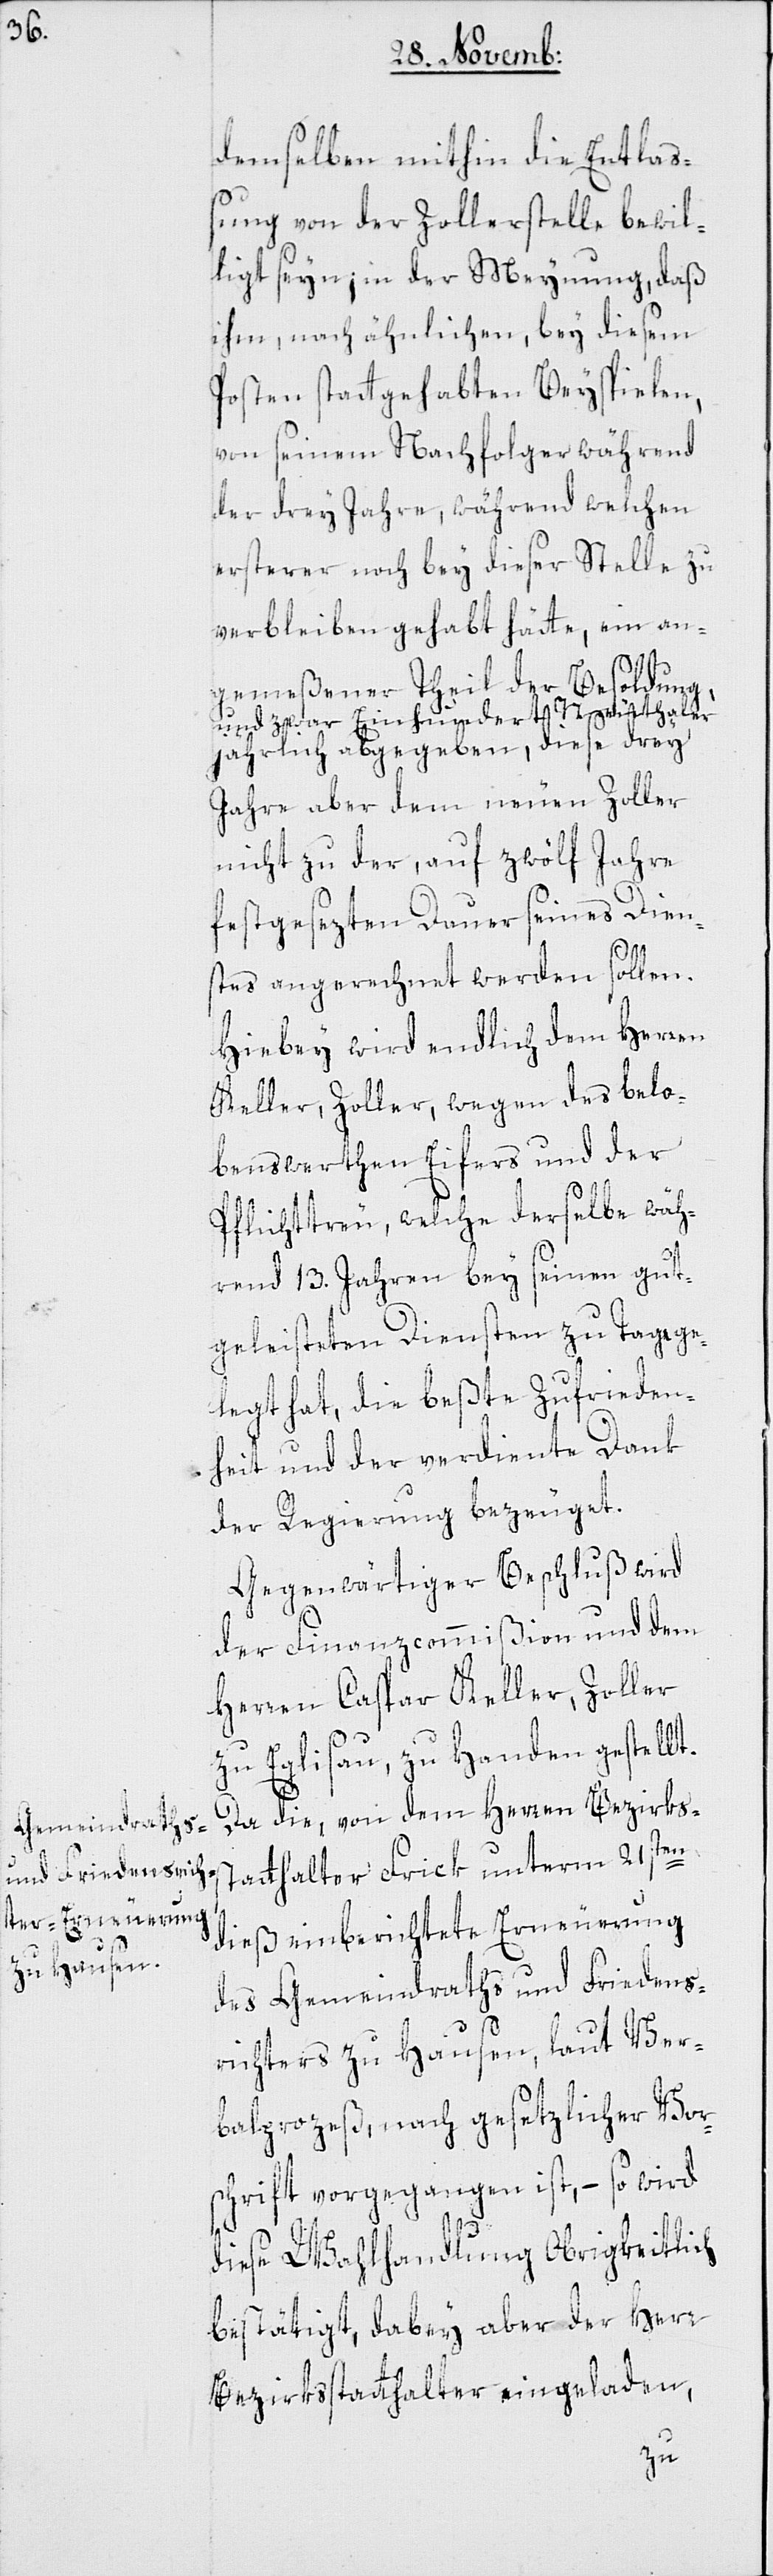
demselben mithin die Entlaß¬
ung von der Zollerstelle bewil¬
ligt seyn; in der Meynung, daß
ihm, nach ähnlichen, bey dießem
Posten stattgehabten Beyspielen,
von seinem Nachfolger während
der drey Jahre, während welchen
ersterer noch bey dieser Stelle zu
verbleiben gehabt hätte, ein an¬
gemeßener Theil der Besoldung,
und zwar Einhundert Neuthaler
jährlich abgegeben, diese drey
Jahre aber dem neuen Zoller
nicht zu der, auf zwölf Jahre
festgesezten Dauer seines Dien¬
stes angerechnet werden sollen.
Hiebey wird endlich dem Herren
Keller, Zoller, wegen des belo¬
benswerthen Eifers und der
Pflichttreu, welche derselbe wäh¬
rend 13. Jahren bey seinen gut¬
geleisteten Diensten zu Tage ge¬
legt hat, die beßte Zufrieden¬
heit und der verdiente Dank
der Regierung bezeuget.
Gegenwärtiger Beschluß wird
der Finanzcommißion und dem
Herren Caspar Keller, Zoller
zu Eglisau, zu Handen gestellt.
Da die, von dem Herren Bezirkss¬
tatthalter Frik unterm 21sten
dieß einberichtete Erneuerung
des Gemeindraths und Friedens¬
richters zu Hausen, laut Ver¬
balprozeß, nach gesetzlicher Vor¬
schrift vorgegangen ist, – so wird
diese Wahlhandlung Obrigkeitlich
bestätigt, dabey aber der Herr
Bezirksstatthalter eingeladen,